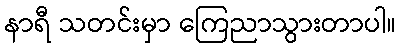
နာရီ သတင်းမှာ ကြေညာသွားတာပါ။